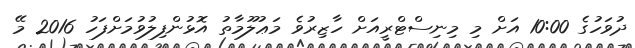
ދުވަހުގެ 10:00 އަށް މި މިނިސްޓްރީއަށް ހާޒިރުވެ މަޢުލޫމާތު އޮޅުންފިލުވުމަށްފަހު 2016 މޭ